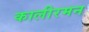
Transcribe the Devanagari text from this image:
कालीरमन